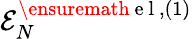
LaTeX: {\cal E}_{N}^{\ensuremath{\mathrm{~e~l~}},(1)}